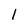
Character: l